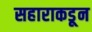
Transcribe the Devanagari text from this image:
सहाराकडून